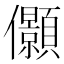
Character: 𰃉